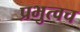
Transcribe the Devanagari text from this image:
प्रभुत्वच